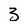
Character: 3